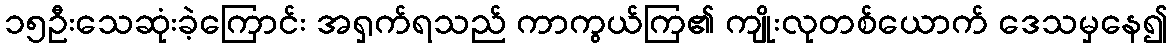
၁၅ဦးသေဆုံးခဲ့ကြောင်း အရှက်ရသည် ကာကွယ်ကြ၏ ကျိုးလုတစ်ယောက် ဒေသမှနေ၍